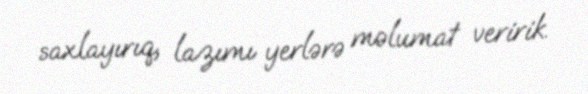
saxlayırıq, lazımı yerlərə məlumat veririk.